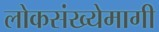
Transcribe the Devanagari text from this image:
लोकसंख्येमागी